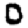
Digit: 0